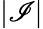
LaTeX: |\mathscr{I}|